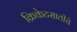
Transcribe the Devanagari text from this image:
क्रिकेटसाठीचे